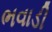
ભવાડી